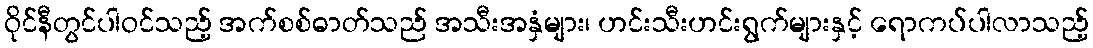
ဝိုင်နီတွင်ပါဝင်သည့် အက်စစ်ဓာတ်သည် အသီးအနှံများ၊ ဟင်းသီးဟင်းရွက်များနှင့် ရောကပ်ပါလာသည့်